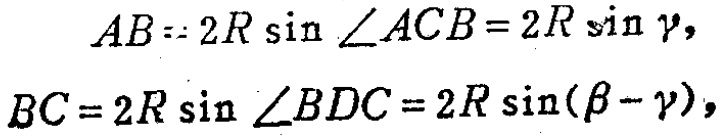
\[
\begin{align*}
AB&= 2R\sin\angle ACB = 2R\sin\gamma,\\
BC&= 2R\sin\angle BDC = 2R\sin(\beta - \gamma),
\end{align*}
\]